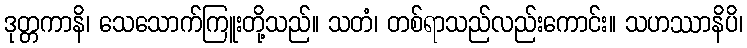
ဒုတ္တကာနိ၊ သေသောက်ကြူးတို့သည်။ သတံ၊ တစ်ရာသည်လည်းကောင်း။ သဟဿာနိပိ၊